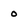
Character: 0